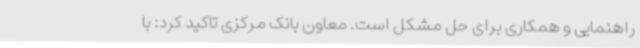
راهنمایی و همکاری برای حل مشکل است. معاون بانک مرکزی تاکید کرد: با